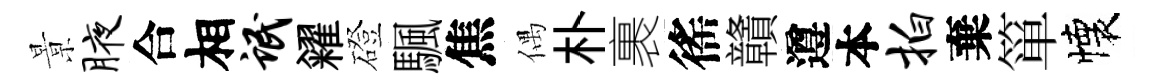
㬌腋合相氓糴磴颿焦偶朴裹徭贛遵本拍棄箪懐